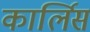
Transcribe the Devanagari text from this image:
कार्लिस